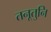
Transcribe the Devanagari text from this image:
तनूतुनि